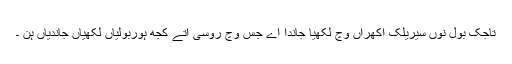
تاجک بول نوں سیریلک اکھراں وچّ لکھیا جاندا اے جس وچّ روسی اتے کجھ ہوربولیاں لکھیاں جاندیاں ہن ۔